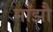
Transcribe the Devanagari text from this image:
माँझौ